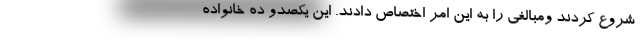
شروع کردند ومبالغی را به این امر اختصاص دادند. این یکصدو ده خانواده